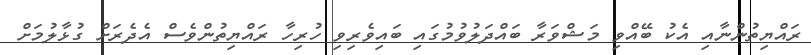
ރައްޔިތުންނާއި އެކު ބޭއްވި މަޝްވަރާ ބައްދަލުވުމުގައި ބައިވެރިވި ހުރިހާ ރައްޔިތުންވެސް އެދެރަށް ގުޅާލުމަށް